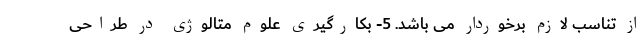
از تناسب لازم برخوردار می باشد. 5- بکارگیری علوم متالوژی در طراحی